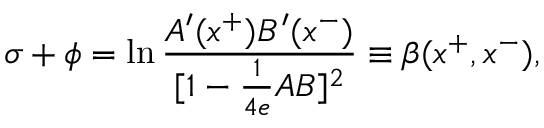
\sigma + \phi = \ln { \frac { A ^ { \prime } ( x ^ { + } ) B ^ { \prime } ( x ^ { - } ) } { [ 1 - { \frac { 1 } { 4 e } } A B ] ^ { 2 } } } \equiv \beta ( x ^ { + } , x ^ { - } ) ,